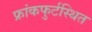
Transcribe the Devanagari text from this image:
फ्रांकफुर्टस्थित